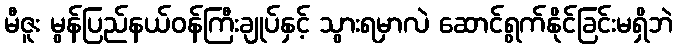
မီဇူး မွန်ပြည်နယ်ဝန်ကြီးချုပ်နှင့် သွားရမှာလဲ ဆောင်ရွက်နိုင်ခြင်းမရှိဘဲ